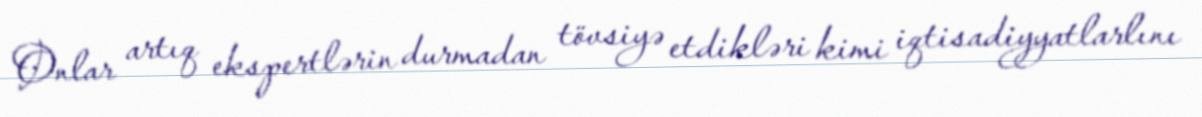
Onlar artıq ekspertlərin durmadan tövsiyə etdikləri kimi iqtisadiyyatlarlını